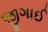
જીગાઈ